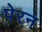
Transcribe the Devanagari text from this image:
पेरन